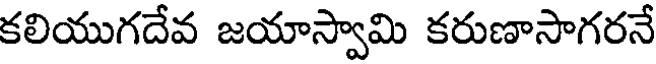
కలియుగదేవ జయాస్వామి కరుణాసాగరనే